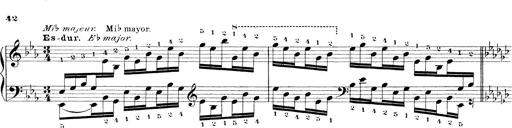
Title: Technische Studien
Composer: Franz Liszt